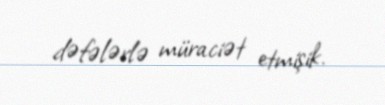
dəfələrlə müraciət etmişik.